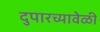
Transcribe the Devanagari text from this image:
दुपारच्यावेळी